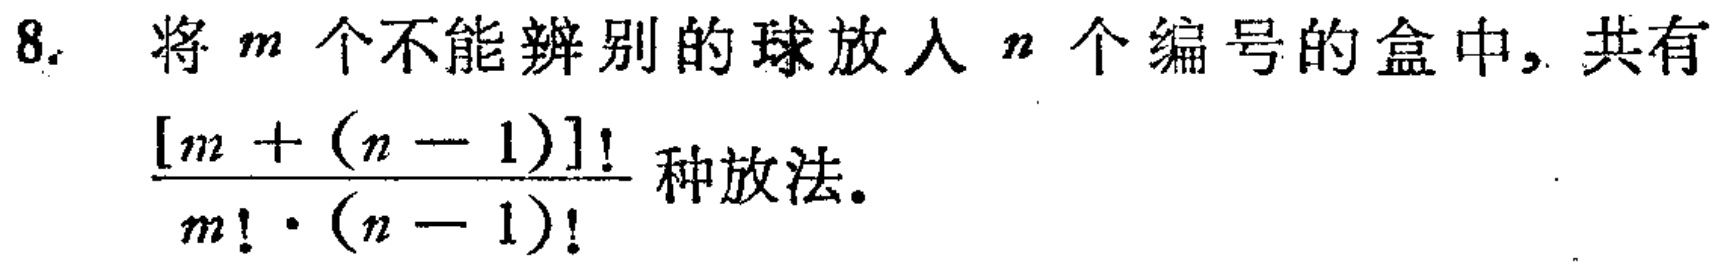
8. 将\(m\)个不能辨别的球放入\(n\)个编号的盒中，共有

\(\frac{[m + (n - 1)]!}{m! \cdot (n - 1)!}\)种放法。